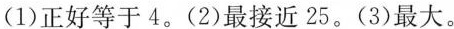
(1)正好等于4。(2)最接近25。(3)最大。